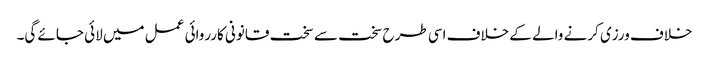
خلاف ورزی کرنے والے کے خلاف اسی طرح سخت سے سخت قانونی کارروائی عمل میں لائی جائے گی۔